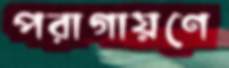
পরাগায়ণে